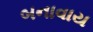
બનાવાય